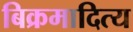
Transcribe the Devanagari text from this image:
बिक्रमादित्य